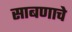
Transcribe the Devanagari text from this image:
साबणाचे